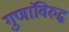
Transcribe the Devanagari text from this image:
गुणांविरुद्ध